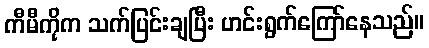
ကီမီကိုက သက်ပြင်းချပြီး ဟင်းရွက်ကြော်နေသည်။